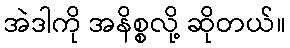
အဲဒါကို အနိစ္စလို့ ဆိုတယ်။